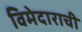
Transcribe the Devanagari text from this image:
विमेदाराची